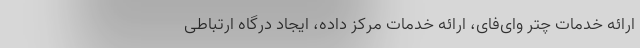
ارائه خدمات چتر وای‌فای، ارائه خدمات مرکز داده، ایجاد درگاه ارتباطی